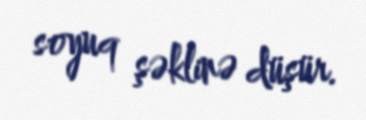
soyuq şəklinə düşür.